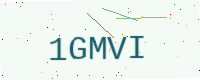
Text: 1GMVI